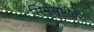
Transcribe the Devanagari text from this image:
सिनेसृष्टीवर